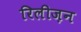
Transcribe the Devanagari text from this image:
रिलीज़न